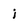
Character: i